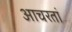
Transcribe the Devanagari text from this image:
आचरतां